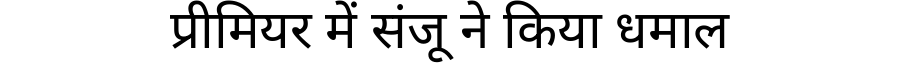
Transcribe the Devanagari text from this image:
प्रीमियर में संजू ने किया धमाल